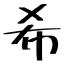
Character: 希